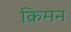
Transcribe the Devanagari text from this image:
क्रिमन